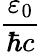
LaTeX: \frac{\varepsilon_{0}}{\hbar c}